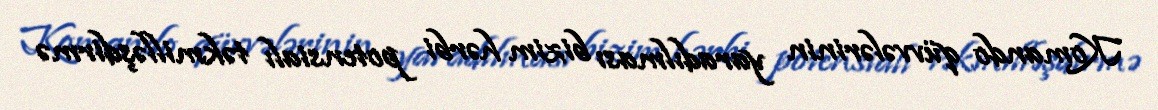
Komando qüvvələrinin yaradılması bizim hərbi potensialı təkmilləşdirmə